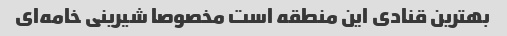
بهترین قنادی این منطقه است مخصوصا شیرینی خامه‌ای